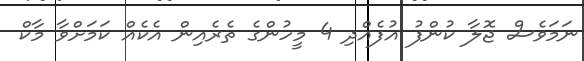
ނަމަވެސް ޖޮލާ ކުންފު އުފެއްދި 4 މީހުންގެ ތެރެއިން އެކެއް ކަމަށްވާ މާކް